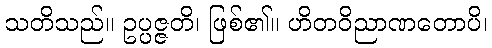
သတိသည်။ ဥပ္ပဇ္ဇတိ၊ ဖြစ်၏။ ဟိတဝိညာဏတောပိ၊